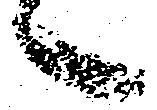
へ